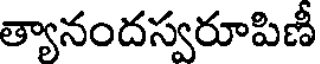
త్యానందస్వరూపిణీ